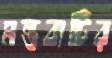
মন্তব্যটির